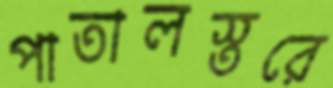
পাতালস্তরে